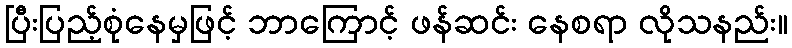
ပြီးပြည့်စုံနေမှဖြင့် ဘာကြောင့် ဖန်ဆင်း နေစရာ လိုသနည်း။